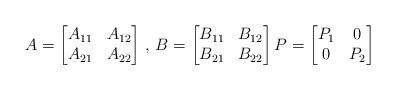
LaTeX: \begin{align*} A= \begin{bmatrix} A_{11}&A_{12}\\ A_{21}&A_{22} \end{bmatrix}\,,\, B= \begin{bmatrix} B_{11}&B_{12}\\ B_{21}&B_{22} \end{bmatrix} P= \begin{bmatrix} P_1&0\\ 0&P_2 \end{bmatrix} \end{align*}